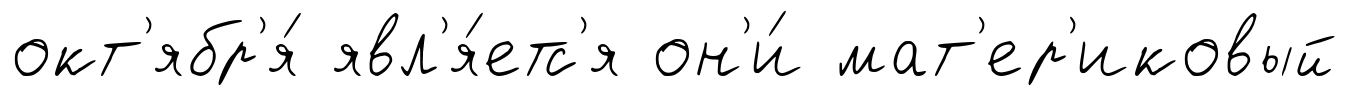
окт'ябр'я́ явл'я́етс'я он'и́ мат'ер'иковый